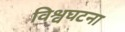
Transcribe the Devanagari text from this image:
विश्वघटना